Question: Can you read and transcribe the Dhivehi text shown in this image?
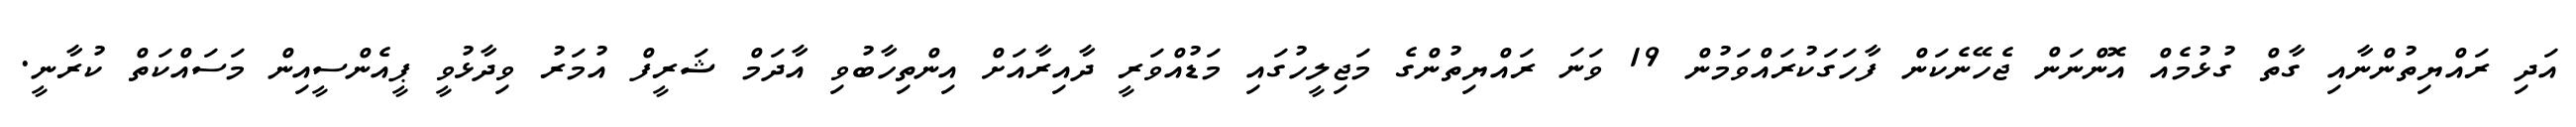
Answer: އަދި ރައްޔިތުންނާއި ގާތް ގުޅުމެއް އޮންނަން ޖެހޭނެކަން ފާހަގަކުރައްވަމުން 19 ވަނަ ރައްޔިތުންގެ މަޖިލީހުގައި މަޑުއްވަރީ ދާއިރާއަށް އިންތިހާބުވި އާދަމް ޝަރީފް އުމަރު ވިދާޅުވީ ޕީއެންސީއިން މަސައްކަތް ކުރާނީ.